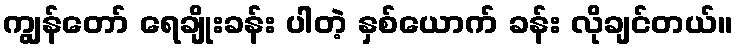
ကျွန်တော် ရေချိုးခန်း ပါတဲ့ နှစ်ယောက် ခန်း လိုချင်တယ်။